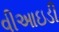
વીઆઇડી